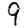
Digit: 9